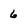
Character: 6